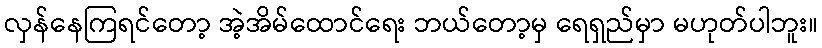
လှန်နေကြရင်တော့ အဲ့အိမ်ထောင်ရေး ဘယ်တော့မှ ရေရှည်မှာ မဟုတ်ပါဘူး။